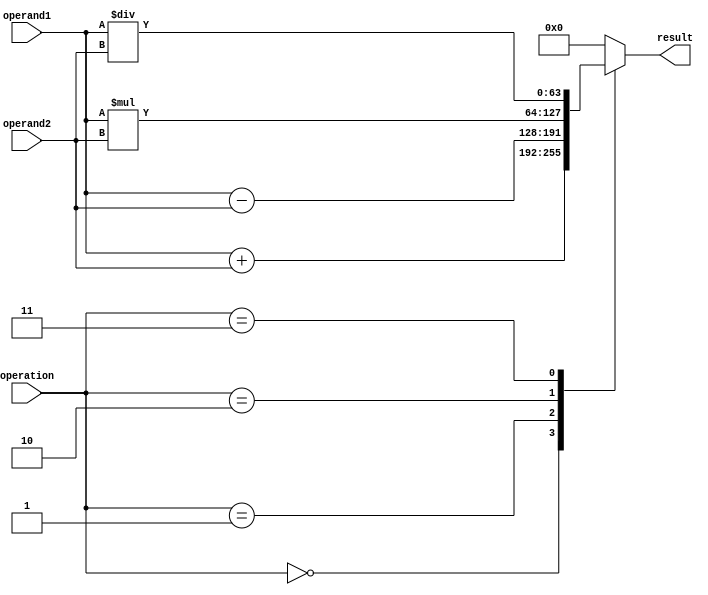
module TriplePrecisionFloatingPointUnit (
    input wire [63:0] operand1,
    input wire [63:0] operand2,
    input wire [2:0] operation, // 0: addition, 1: subtraction, 2: multiplication, 3: division
    output reg [63:0] result
);

always @(*) begin
    case(operation)
        0: result = operand1 + operand2;
        1: result = operand1 - operand2;
        2: result = operand1 * operand2;
        3: result = operand1 / operand2;
        default: result = 64'h0;
    endcase
end

endmodule